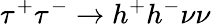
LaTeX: \tau^{+}\tau^{-}\rightarrow h^{+}h^{-}\nu\nu